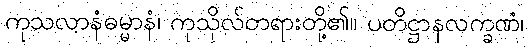
ကုသလာနံဓမ္မာနံ၊ ကုသိုလ်တရားတို့၏။ ပတိဋ္ဌာနလက္ခဏံ၊